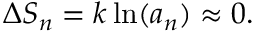
\Delta S _ { n } = k \ln ( a _ { n } ) \approx 0 .